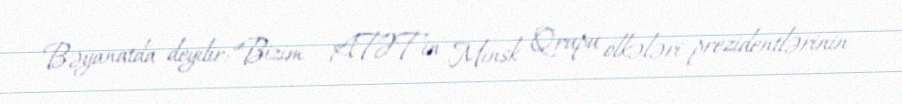
Bəyanatda deyilir: “Bizim - ATƏT-in Minsk Qrupu ölkələri prezidentlərinin